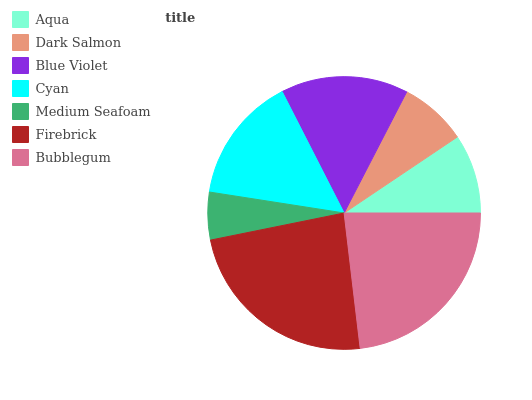
| Aqua | Dark Salmon | Blue Violet | Cyan | Medium Seafoam | Firebrick | Bubblegum |
 | --- | --- | --- | --- | --- | --- | --- |
 | 9.41% | 8.01% | 15.1% | 15% | 5.64% | 23.7% | 23.1% |